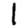
Digit: 1